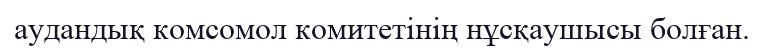
аудандық комсомол комитетінің нұсқаушысы болған.